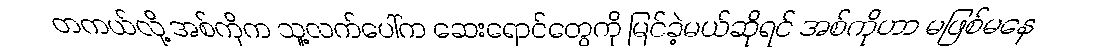
တကယ်လို့ အစ်ကိုက သူ့လက်ပေါ်က ဆေးရောင်တွေကို မြင်ခဲ့မယ်ဆိုရင် အစ်ကိုဟာ မဖြစ်မနေ